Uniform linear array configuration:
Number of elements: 32
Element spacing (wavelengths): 1
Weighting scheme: hamming
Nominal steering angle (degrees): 15
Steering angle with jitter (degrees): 15.152
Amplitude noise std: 0.05
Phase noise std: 0.05

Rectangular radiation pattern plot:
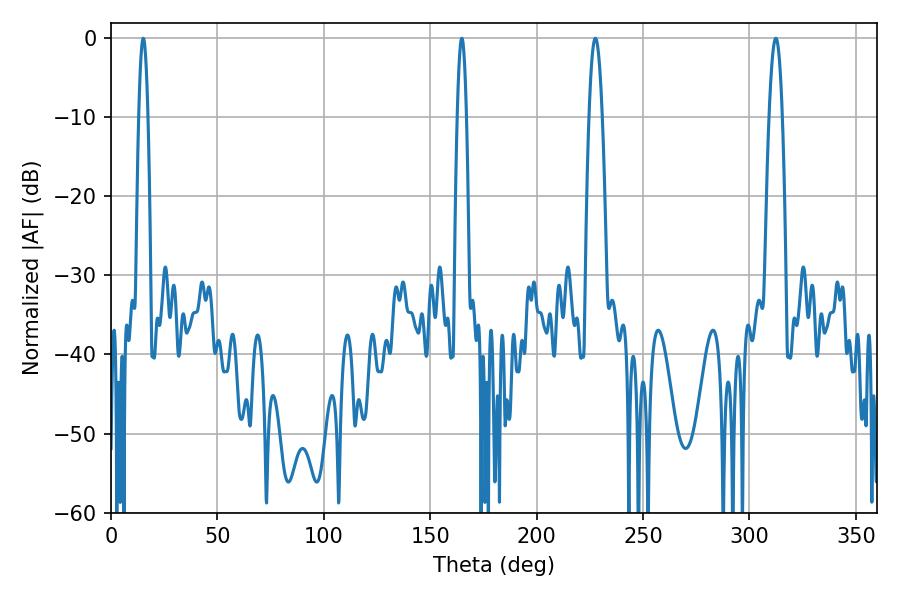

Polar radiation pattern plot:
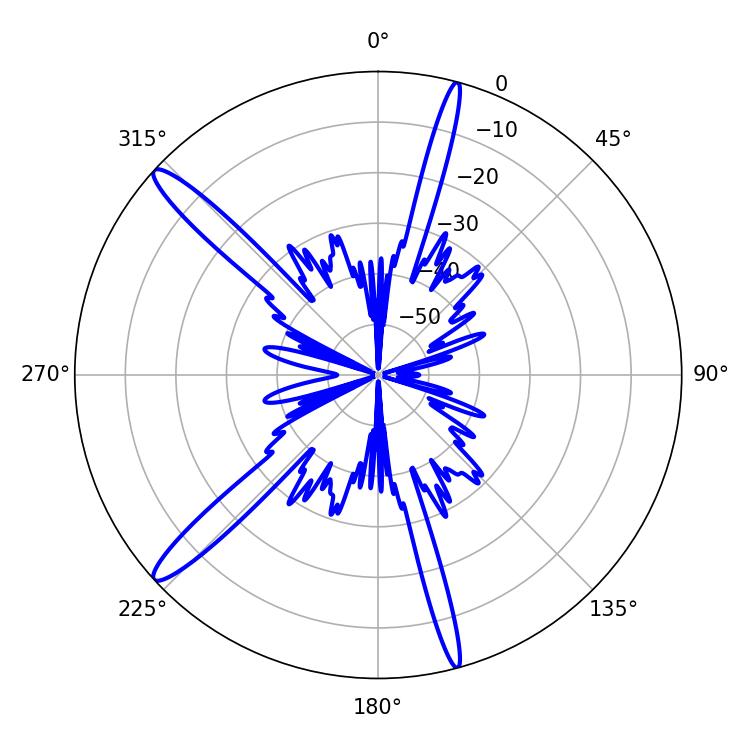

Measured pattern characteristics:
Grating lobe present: TRUE
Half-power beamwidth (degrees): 2.34
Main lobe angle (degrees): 15.12